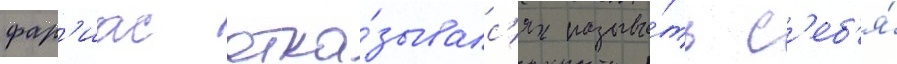
фар'иас отка́зывалс'я называ́ть с'еб'я́